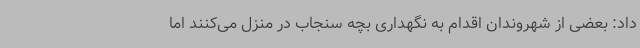
داد: بعضی از شهروندان اقدام به نگهداری بچه سنجاب در منزل می‌کنند اما